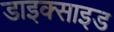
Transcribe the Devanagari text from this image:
डाइक्साइड